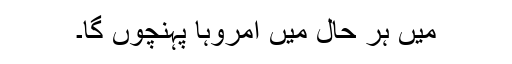
میں ہر حال میں امروہا پہنچوں گا۔